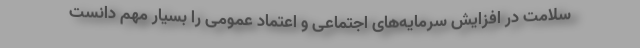
سلامت در افزایش سرمایه‌های اجتماعی و اعتماد عمومی را بسیار مهم دانست